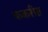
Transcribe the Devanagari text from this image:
ककरीत